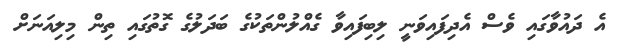
އެ ދައުވާގައި ވެސް އެދިފައިވަނީ ލިބިފައިވާ ގެއްލުންތަކުގެ ބަދަލުގެ ގޮތުގައި ތިން މިލިއަނަށް